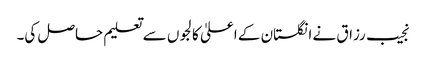
نجیب رزاق نے انگلستان کے اعلیٰ کالجوں سے تعلیم حاصل کی۔